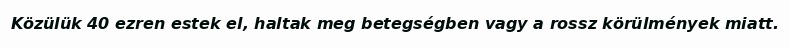
Közülük 40 ezren estek el, haltak meg betegségben vagy a rossz körülmények miatt.